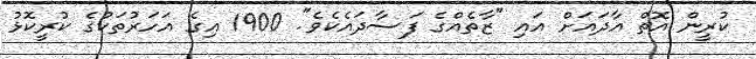
ކުރީން އޮތް އާދައަށް އައި "ޒާތެއްގެ ފަސާދައެކެވެ". 1900 އިގެ އަހަރުތަކުގެ ކުރީކޮޅު